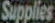
Supplies